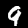
Label: 9